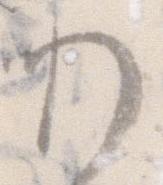
わ